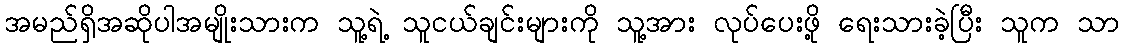
အမည်ရှိအဆိုပါအမျိုးသားက သူ့ရဲ့ သူငယ်ချင်းများကို သူ့အား လုပ်ပေးဖို့ ရေးသားခဲ့ပြီး သူက သာ